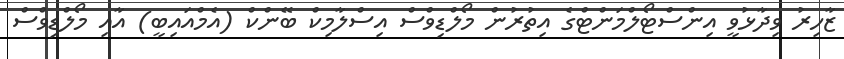
ޒާހިރު ވިދާޅުވީ އިންސްޓޯލްމަންޓްގެ އިތުރުން މޯލްޑިވްސް އިސްލާމިކް ބޭންކް (އެމްއައިބީ) އާއި މޯލްޑިވްސް